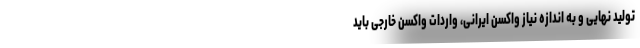
تولید نهایی و به اندازه نیاز واکسن ایرانی، واردات واکسن خارجی باید